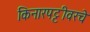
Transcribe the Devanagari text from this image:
किनारपट्टीवरचे